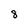
Character: 8